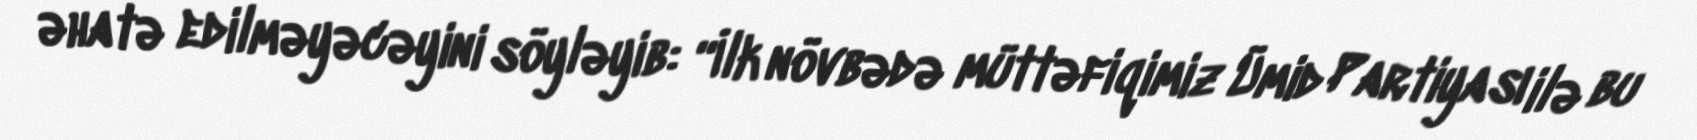
əhatə edilməyəcəyini söyləyib: “İlk növbədə müttəfiqimiz Ümid Partiyası ilə bu